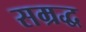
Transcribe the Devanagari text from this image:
सम्रद्ध